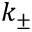
k _ { \pm }